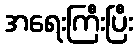
အရေးကြီးပြီး